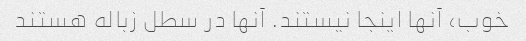
خوب، آنها اینجا نیستند. آنها در سطل زباله هستند